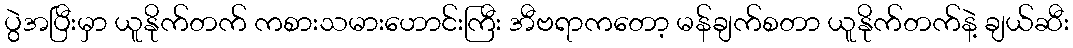
ပွဲအပြီးမှာ ယူနိုက်တက် ကစားသမားဟောင်းကြီး အီဗရာကတော့ မန်ချက်စတာ ယူနိုက်တက်နဲ့ ချယ်ဆီး